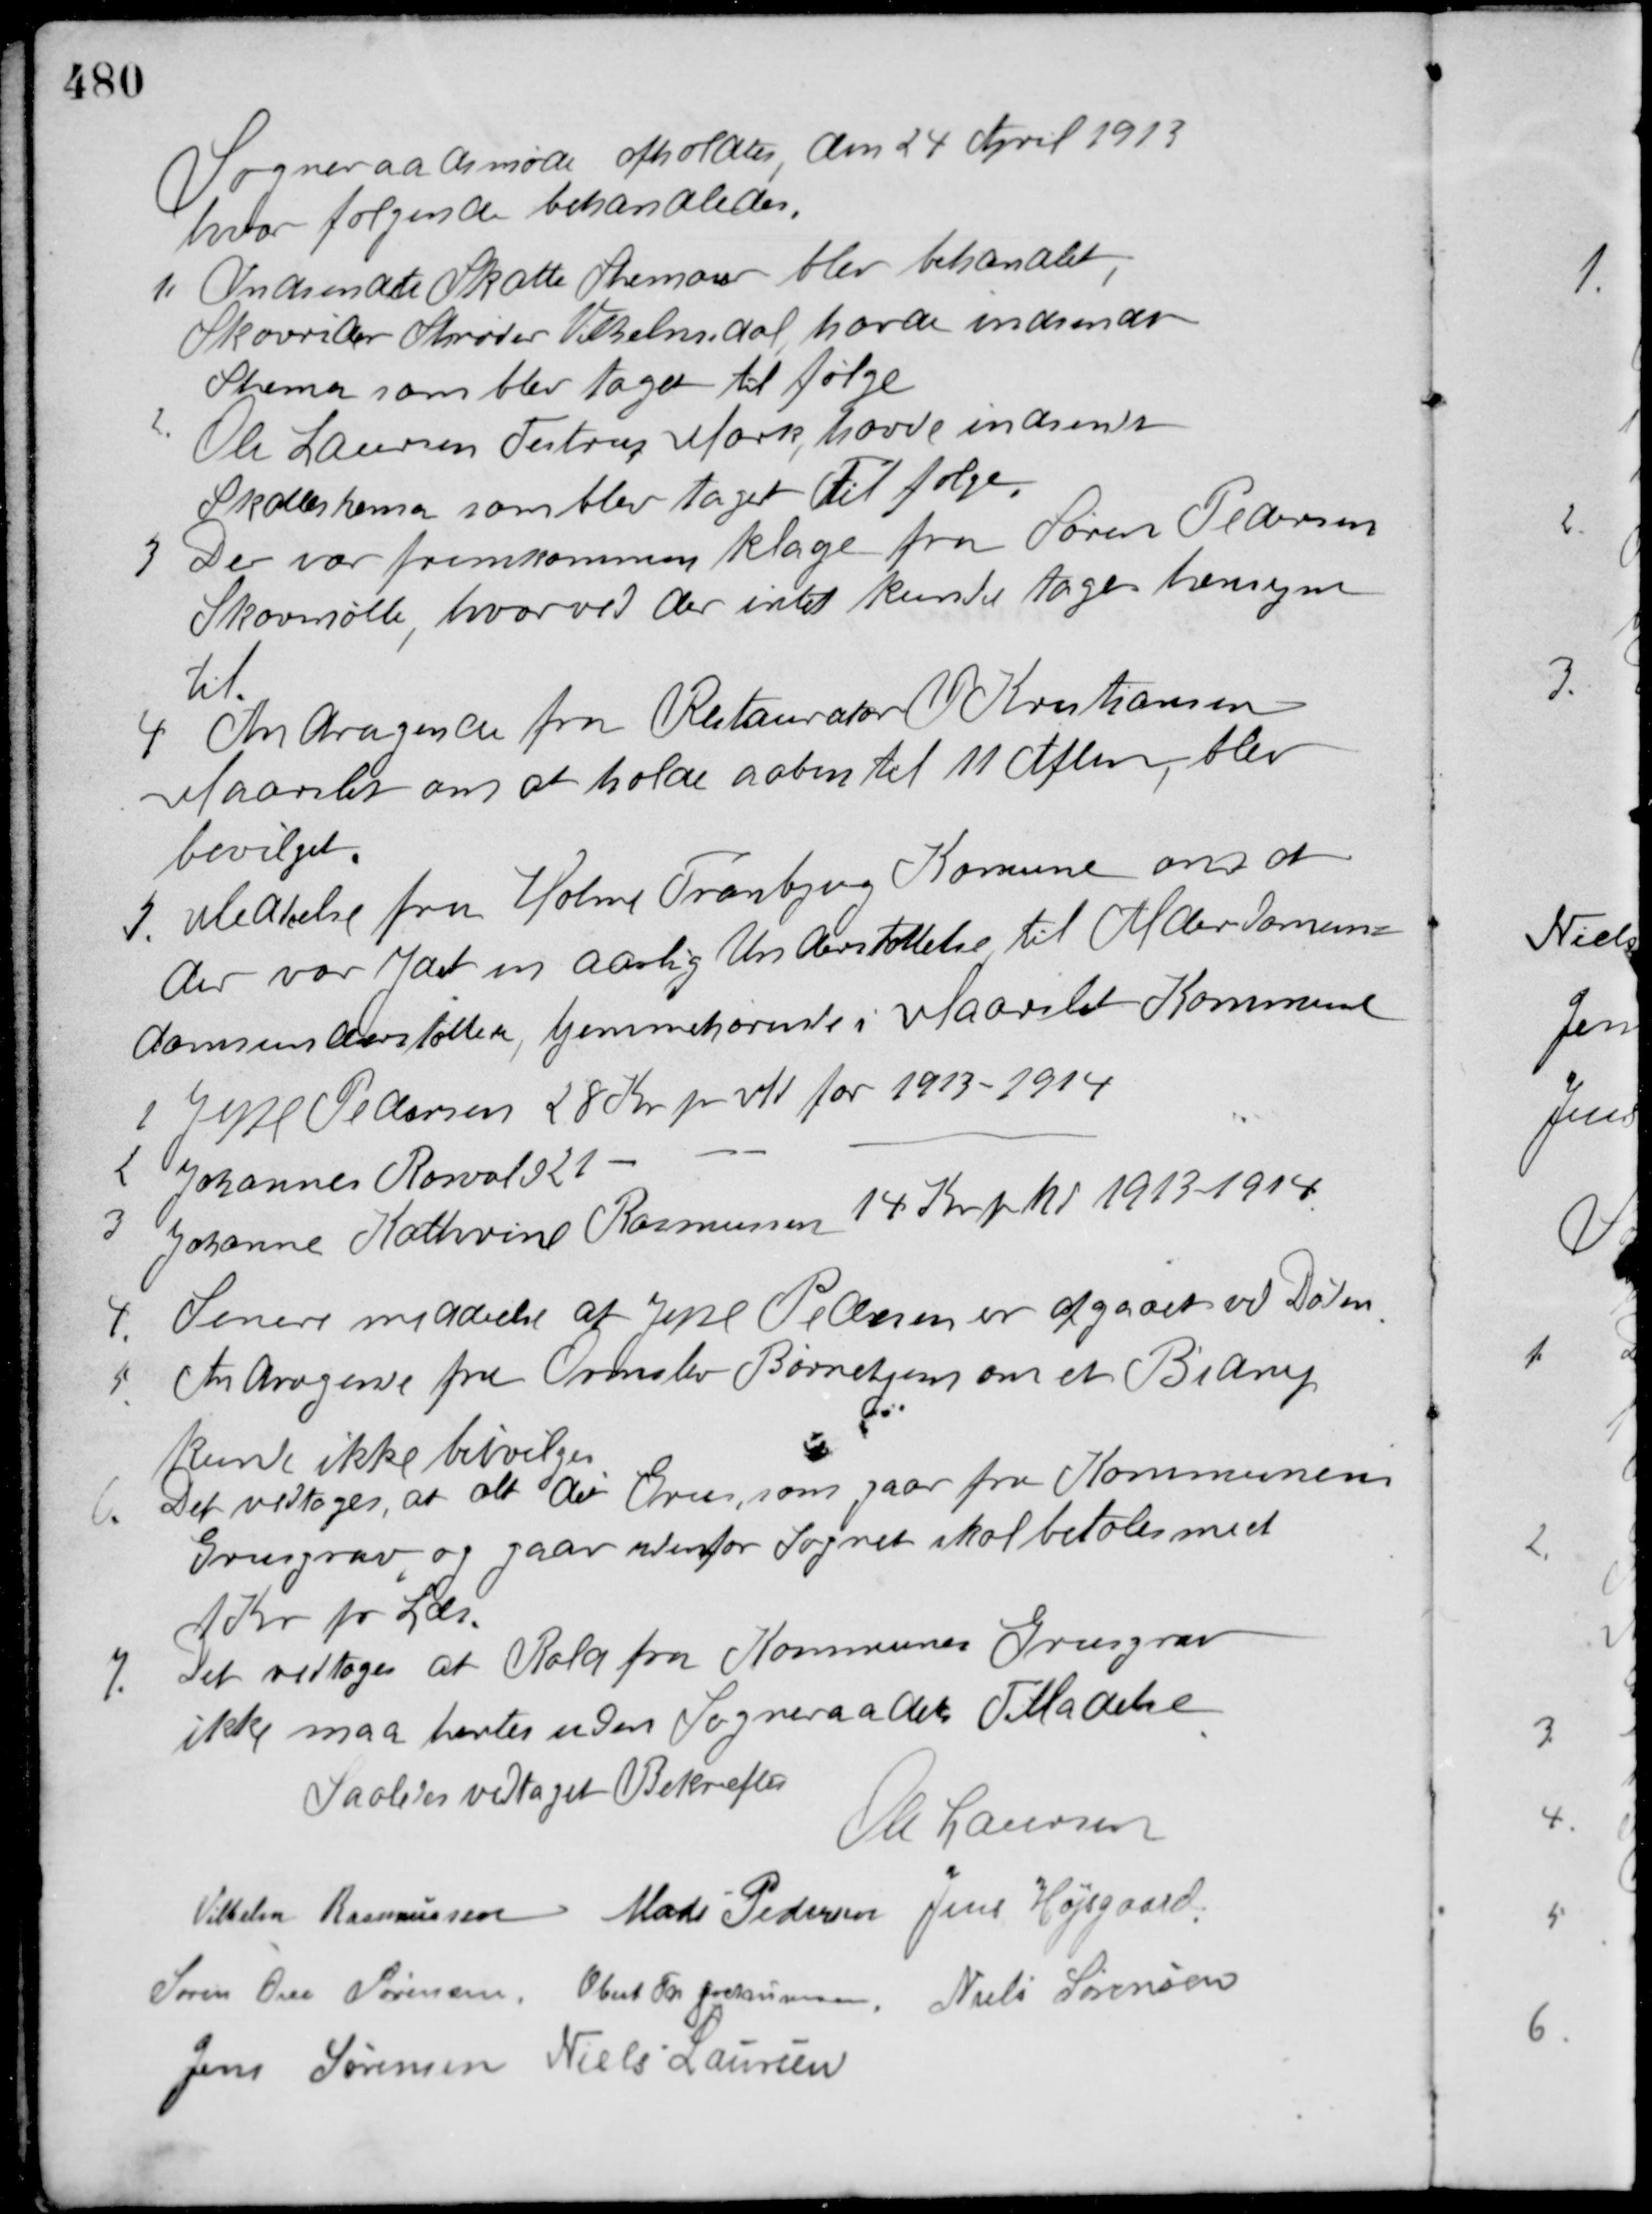
Transskription:
Sogneraadsmøde afholdtes den 24 April 1913
hvor følgende behandledes.
1. Indsendte Skatte Skemaer blev behandlet,
Skovrider Shrøder Vilhelmsdal havde indsendt
Skema som blev taget til følge.
2. Ole Laursen Testrup Mark, havde indsendt
Skoleskema som blev taget til følge.
7. Der var fremkommen klage fra Søren Pedersen
Skovmølle, hvorved der intet kunde tages hensyn
til.
4. Andragende fra Restaurator Kristiansen
Maarslet om at holde aaben til 11 Aften, blev
bevilget.
5. Meddelse fra Holme Tranbjerg Komune om at
der var ydet en aarlig Understøttelse til Alderdomun-
domsunderstøttede, hjemmehørende i Maarslet Kommune
1 Jeppe Pedersen 28 Kr. pr. Md. for 1913 - 1914
2 Johannes Rosvald 21 - - - - - - -
3 Johanne Kathrine Rasmussen 14 Kr. pr. Md. 1913 - 1914
4. Senere meddelelse at Jeppe Pedersen er afgaaet ved Døden.
5. Andragene fra Ormslev Børnehjem om et Bidrag.
kunde ikke bevilges.
6. Det vedtoges, at alt den Grus, som gaar fra Kommunens
Grusgrav og gaar udenfor Sognet skal betales med
1 Kr. pr. Læs.
7. Det vedtoges at Rald fra Kommunes Grusgrav
ikke maa hentes uden Sogneraadets Tilladelse.
Saaledes vedtaget Bekræftes
Ole Laursen
Vilhelm Rasmussen Mads Pedersen Jens Højsgaard
Søren Ove Sørensen Obert Th. Jochumsen Niels Sørensen
Jens Sørensen Niels Laursen